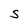
Character: S